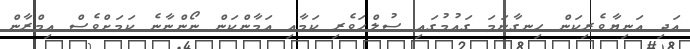
އަދި އަނިޔާވެރިކަން ހިނގާނަމަ ގައުމުގައި ސުލްހަވެރި ކަމާއި އަމާންކަން ނޯންނާނެ ކަމަށްވެސް އިމްރާން